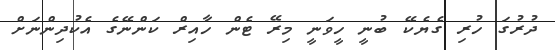
ދުރުގަ ހުރި ގެޔެކޭ ބުނީ ހީވަނީ މިރޭ ޓެން ހާއިރް ކަންނޭގެ އެކުދިންނަށް